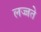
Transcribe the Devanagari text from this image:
लज्जते